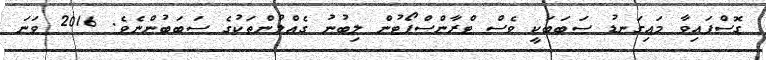
ގޮސްފައިވާ މައިގަނޑު ސަބަބަކީ ވެސް ޓްރާންސްޕޯޓުން ލިބުނު ގެއްލުންތަކުގެ ސަބަބުންނެވެ. 2016 ވަނަ